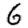
Digit: 6